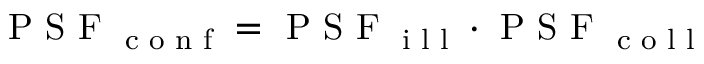
\textrm { P S F } _ { \textrm { c o n f } } = \textrm { P S F } _ { \textrm { i l l } } \cdot \textrm { P S F } _ { \textrm { c o l l } }